Report on the nature of kala-azar
Disease focus: Kala-Azar
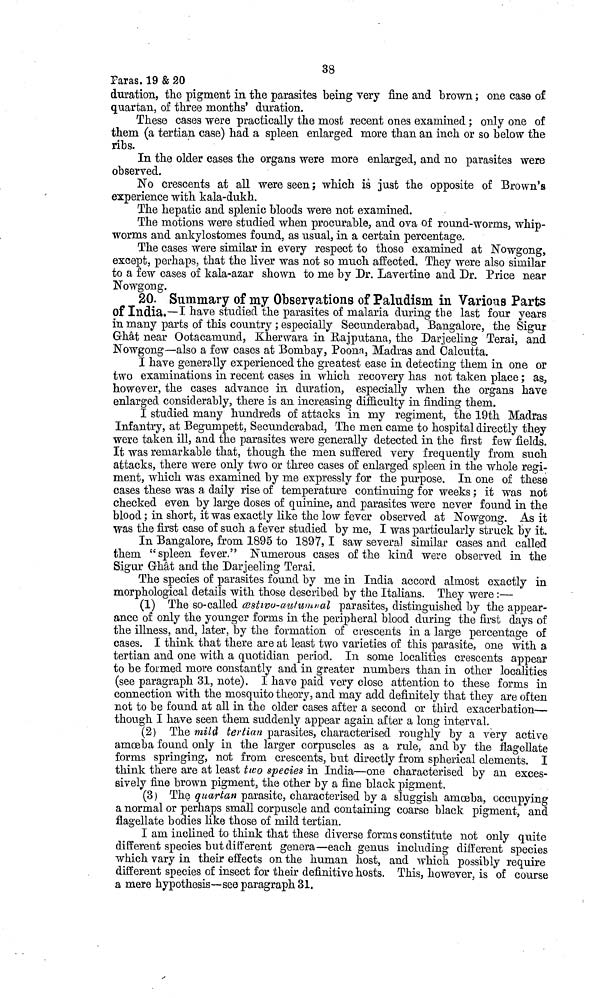
38
Paras. 19 & 20
duration, the pigment in the parasites being very fine and brown ; one case of
quartan, of three months' duration.
These cases were practically the most recent ones examined ; only one of
them (a tertian case) had a spleen enlarged more than an inch or so below the
ribs.
In the older cases the organs were more enlarged, and no parasites were
observed.
No crescents at all were seen ; which is just the opposite of Brown's
experience with kala-dukh.
The hepatic and splenic bloods were not examined.
The motions were studied when procurable, and ova of round-worms, whip-
worms and ankylostomes found, as usual, in a certain percentage.
The cases were similar in every respect to those examined at Nowgong,
except, perhaps, that the liver was not so much affected. They were also similar
to a few cases of kala-azar shown to me by Dr. Lavertine and Dr. Price near
Nowgong.
20. Summary of my Observations of Paludism in Various Parts
of India.—I have studied the parasites of malaria during the last four years
in many parts of this country ; especially Secunderabad, Bangalore, the Sigur
Ghât near Ootacamund, Kherwara in Rajputana, the Darjeeling Terai, and
Nowgong—also a few cases at Bombay, Poona, Madras and Calcutta.
I have generally experienced the greatest ease in detecting them in one or
two examinations in recent cases in which recovery has not taken place ; as,
however, the cases advance in duration, especially when the organs have
enlarged considerably, there is an increasing difficulty in finding them.
I studied many hundreds of attacks in my regiment, the 19th Madras
Infantry, at Begumpett, Secunderabad, The men came to hospital directly they
were taken ill, and the parasites were generally detected in the first few fields.
It was remarkable that, though the men suffered very frequently from such
attacks, there were only two or three cases of enlarged spleen in the whole regi-
ment, which was examined by me expressly for the purpose. In one of these
cases these was a daily rise of temperature continuing for weeks ; it was not
checked even by large doses of quinine, and parasites were never found in the
blood ; in short, it was exactly like the low fever observed at Nowgong. As it
was the first case of such a fever studied by me, I was particularly struck by it.
In Bangalore, from 1895 to 1897, I saw several similar cases and called
them "spleen fever." Numerous cases of the kind were observed in the
Sigur Ghât and the Darjeeling Terai.
The species of parasites found by me in India accord almost exactly in
morphological details with those described by the Italians. They were :—
(1) The so-called æstivo-autumnal parasites, distinguished by the appear-
ance of only the younger forms in the peripheral blood during the first days of
the illness, and, later, by the formation of crescents in a large percentage of
cases. I think that there are at least two varieties of this parasite, one with a
tertian and one with a quotidian period. In some localities crescents appear
to be formed more constantly and in greater numbers than in other localities
(see paragraph 31, note). I have paid very close attention to these forms in
connection with the mosquito theory, and may add definitely that they are often
not to be found at all in the older cases after a second or third exacerbation—
though I have seen them suddenly appear again after a long interval.
(2) The mild tertian parasites, characterised roughly by a very active
amœba found only in the larger corpuscles as a rule, and by the flagellate
forms springing, not from crescents, but directly from spherical elements. I
think there are at least two species in India—one characterised by an exces-
sively fine brown pigment, the other by a fine black pigment.
(3) The quartan parasite, characterised by a sluggish amoeba, occupying
a normal or perhaps small corpuscle and containing coarse black pigment, and
flagellate bodies like those of mild tertian.
I am inclined to think that these diverse forms constitute not only quite
different species but different genera—each genus including different species
which vary in their effects on the human host, and which possibly require
different species of insect for their definitive hosts. This, however, is of course
a mere hypothesis—see paragraph 31.